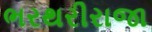
ભરથરીરાજા